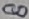
Text: 8